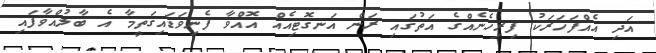
އަދި އެއްފަހަރަކު ފިރިހެނެއްގެ އަތުގައި ރަން އަނގޮޓިއެއް އޮއްވާ ފެނިވަޑައިގަތީމާ އެ ބާލުއްވާފައި